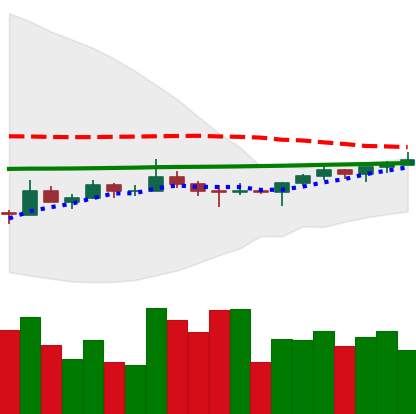
Ticker: TRX-USD
Chart end date: 2022-07-09
Forward return: -4.226%
Label: down_3_5